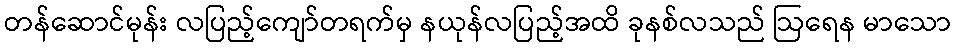
တန်ဆောင်မုန်း လပြည့်ကျော်တရက်မှ နယုန်လပြည့်အထိ ခုနစ်လသည် ဩရေန မာသော